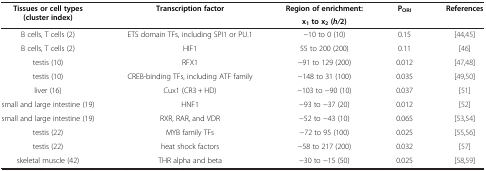
| Tissues or cell types (cluster index) | Transcription factor | Region of enrichment: | PORI | References |
 |  |  | x1 to x2 ( h/ 2) |  |  |
 | --- | --- | --- | --- | --- |
 | B cells, T cells (2) | ETS domain TFs, including SPI1 or PU.1 | -10 to 0 (10) | 0.15 | [44,45] |
 | B cells, T cells (2) | HIF1 | 55 to 200 (200) | 0.11 | [46] |
 | testis (10) | RFX1 | -91 to 129 (200) | 0.012 | [47,48] |
 | testis (10) | CREB-binding TFs, including ATF family | -148 to 31 (100) | 0.035 | [49,50] |
 | liver (16) | Cux1 (CR3 + HD) | -103 to -90 (10) | 0.037 | [51] |
 | small and large intestine (19) | HNF1 | -93 to -37 (20) | 0.012 | [52] |
 | small and large intestine (19) | RXR, RAR, and VDR | -52 to -43 (10) | 0.065 | [53,54] |
 | testis (22) | MYB family TFs | -72 to 95 (100) | 0.025 | [55,56] |
 | testis (22) | heat shock factors | -58 to 217 (200) | 0.032 | [57] |
 | skeletal muscle (42) | THR alpha and beta | -30 to -15 (50) | 0.025 | [58,59] |